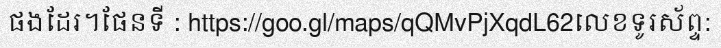
ផងដែរ។ផែនទី : https://goo.gl/maps/qQMvPjXqdL62លេខទូរស័ព្ទ: